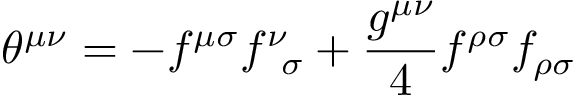
{ \theta } ^ { { \mu } { \nu } } = - f ^ { { \mu } { \sigma } } f _ { \; \; { \sigma } } ^ { \nu } + \frac { g ^ { { \mu } { \nu } } } { 4 } f ^ { { \rho } { \sigma } } f _ { { \rho } { \sigma } }